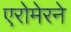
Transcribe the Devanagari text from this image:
एरोमेरने